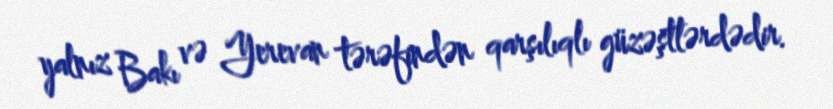
yalnız Bakı və Yerevan tərəfindən qarşılıqlı güzəştlərdədir.